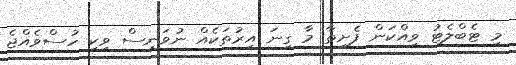
މި ޓެބްލެޓު ވިއްކަން ފެށިތާ މާ ގިނަ އިރުތަކެއް ނުވަނީސް ވިކި ހުސްވެއްޖެ